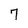
Character: 7